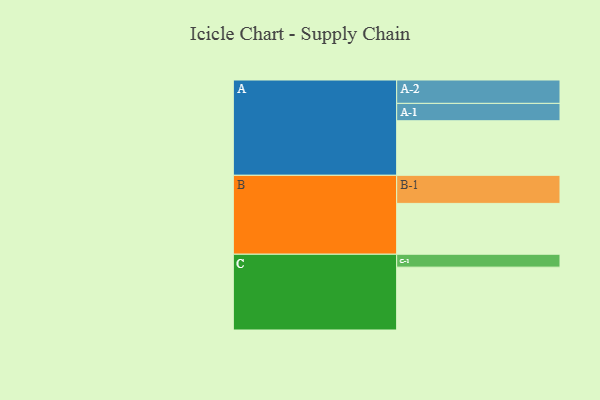
{"axis": {"x": "Segment", "y": "Value"}, "legend": ["", "A", "B", "C"], "data": [{"x": "A", "y": 427, "type": ""}, {"x": "B", "y": 398, "type": ""}, {"x": "C", "y": 492, "type": ""}, {"x": "A-1", "y": 136, "type": "A"}, {"x": "A-2", "y": 183, "type": "A"}, {"x": "B-1", "y": 220, "type": "B"}, {"x": "C-1", "y": 101, "type": "C"}]}